Code of medical and sanitary regulations for the guidance of medical officers serving in the Madras Presidency - Volume I
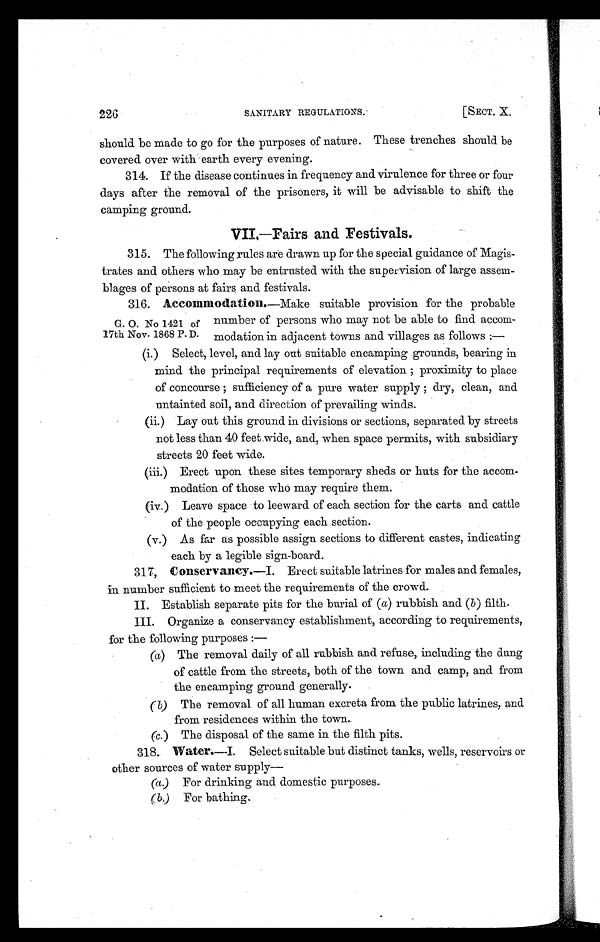
226
SANITARY REGULATIONS.
[SECT. X.
should be made to go for the purposes of nature. These trenches should be
covered over with earth every evening.
314. If the disease continues in frequency and virulence for three or four
days after the removal of the prisoners, it will be advisable to shift the
camping ground.
VII.—Fairs and Festivals.
315. The following rules are drawn up for the special guidance of Magis-
trates and others who may be entrusted with the supervision of large assem-
blages of persons at fairs and festivals.
G. O. No 1421 of
17th Nov. 1868 P. D.
316. Accommodation.—Make suitable provision for the probable
number of persons who may not be able to find accom-
modation in adjacent towns and villages as follows :
—
( i . ) S e l e c t , l e v e l , a n d l a y o u t s u i t a b l e e n c a m p i n g g r o u n d s , b e a r i n g i n
mind the principal requirements of elevation proximity to place
of concourse sufficiency of a pure water supply dry, clean, and
untainted soil, and direction of prevailing winds.
( i i . ) L a y o u t t h i s g r o u n d i n d i v i s i o n s o r s e c t i o n s , s e p a r a t e d b y s t r e e t s
not less than 40 feet wide, and, when space permits, with subsidiary
streets 20 feet wide.
(iii.) Erect upon these sites temporary sheds or huts for the accom-
modation of those who may require them.
(iv.) Leave space to leeward of each section for the carts and cattle
of the people occupying each section.
(v.) As far as possible assign sections to different castes, indicating
each by a legible sign-board.
317, Conservancy.—I. Erect suitable latrines for males and females,
in number sufficient to meet the requirements of the crowd.
II. Establish separate pits for the burial of ( a) rubbish and (b) filth.
III. Organize a conservancy establishment, according to requirements,
for the following purposes :
—
( a ) T h e r e m o v a l d a i l y o f a l l r u b b i s h a n d r e f u s e , i n c l u d i n g t h e d u n g
of cattle from the streets, both of the town and camp, and from
the encamping ground generally.
(b)The removal of all human excreta from the public latrines, and
from residences within the town.
(c. ) The disposal of the same in the filth pits.
318. Water.—I. Select suitable but distinct tanks, wells, reservoirs or
other sources of water supply
(a.) For drinking and domestic purposes.
( b. ) For ba t hi ng.